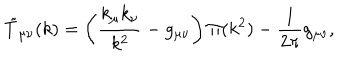
\tilde { T } _ { \mu \nu } ( k ) = \left( \frac { k _ { \mu } k _ { \nu } } { k ^ { 2 } } - g _ { \mu \nu } \right) \Pi ( k ^ { 2 } ) - \frac { 1 } { 2 \pi } g _ { \mu \nu } ,